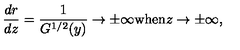
\frac { d r } { d z } = \frac { 1 } { G ^ { 1 / 2 } ( y ) } \to \pm \infty \mathrm { w h e n } z \to \pm \infty ,